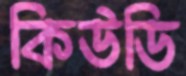
কিউডি